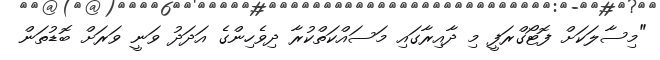
"މިސާލަކަށް ފޮޓޯގްރަފީ މި ދާއިރާގައި މަސައްކަތްކުރާ ދިވެހިންގެ އަދަދު ވަނީ ވަރަށް ބޮޑުތަން